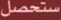
ستحصل